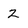
Character: Z